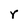
Character: Y